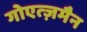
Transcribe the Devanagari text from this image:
गोएत्ज़मैन